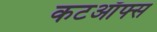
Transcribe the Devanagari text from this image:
कटऑफ्स